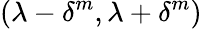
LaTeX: (\lambda-\delta^{m},\lambda+\delta^{m})